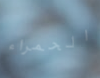
الحمراء